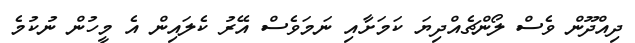
ދިއްދޫން ވެސް ލޯންޗެއްދިޔަ ކަމަށާއި ނަމަވެސް އޭރު ކެލައިން އެ މީހުން ނުކުމެ